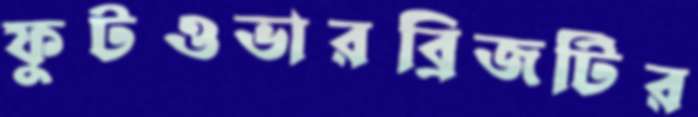
ফুটওভারব্রিজটির